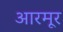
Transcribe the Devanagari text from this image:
आरमूर